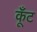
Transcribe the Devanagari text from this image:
कूँट